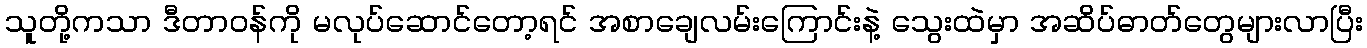
သူတို့ကသာ ဒီတာဝန်ကို မလုပ်ဆောင်တော့ရင် အစာချေလမ်းကြောင်းနဲ့ သွေးထဲမှာ အဆိပ်ဓာတ်တွေများလာပြီး